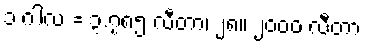
၁ ဂါလံ = ၃.၇၈၅ လီတာ၊ ၂၈။ ၂၀၀၀ လီတာ